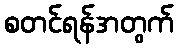
စတင်ရန်အတွက်